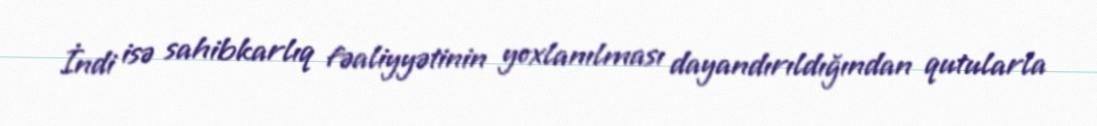
İndi isə sahibkarlıq fəaliyyətinin yoxlanılması dayandırıldığından qutularla